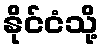
နိုင်ငံသို့